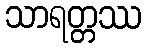
သာရတ္တဿ